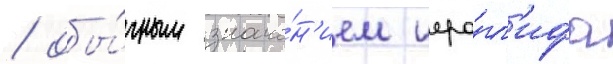
/ обы́чным значе́н'ием иеро́гл'ифа